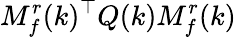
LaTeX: M_{f}^{r}(k)^{\top}Q(k)M_{f}^{r}(k)